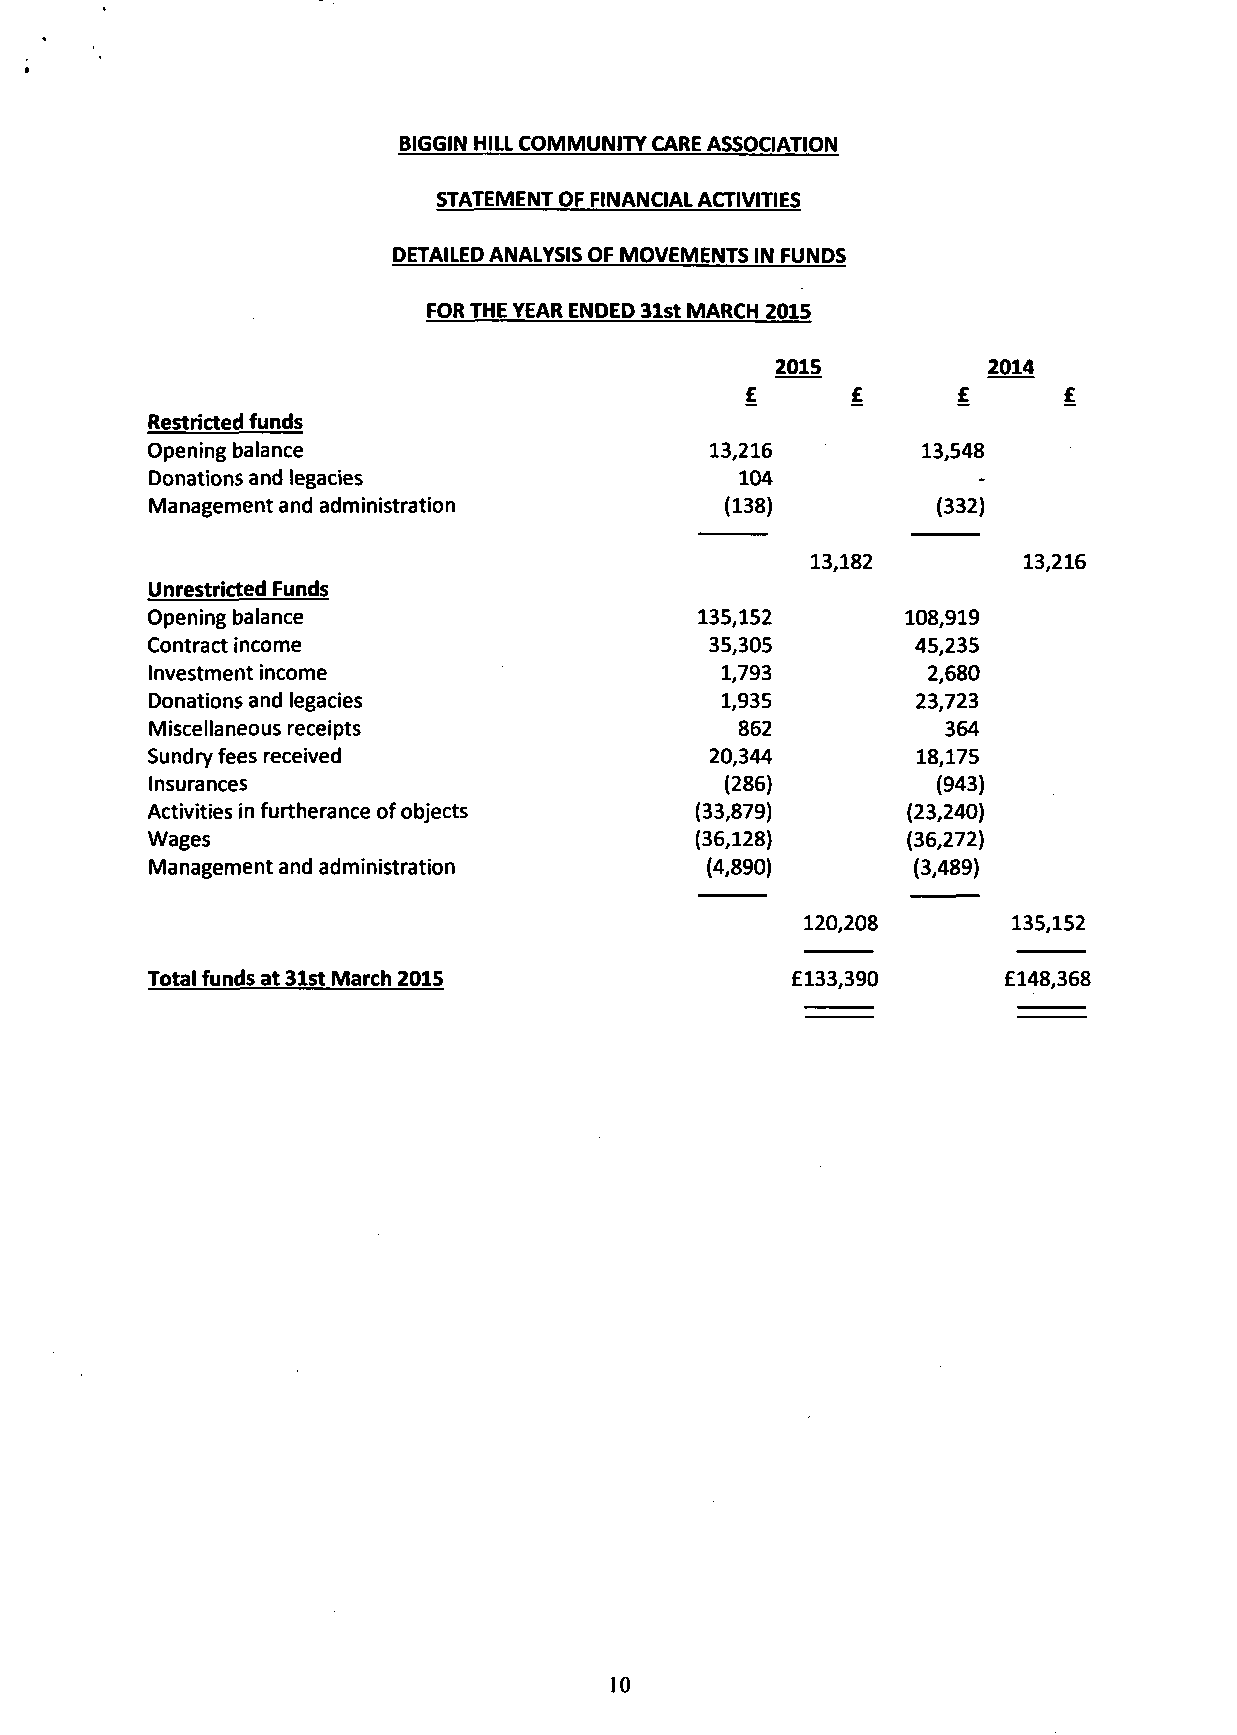
BIGGIN HILL COMMUNITY CARE ASSOCIATION
 STATEMENT OF FINANCIAL ACTIVITIES
 DETAILED ANALYSIS OF MOVEMENTS IN FUNDS
 FOR THE YEAR ENDED 31st MARCH 2015
 2015          2014
 Restricted funds
 Opening balance                      13,216        13,548
 Donations and legacies                 104
 Management and administration         (138)         (332)
 13,182        13,216
 Unrestricted Funds
 Opening balance                     135,152       108,919
 Contract income                      35,305        45,235
 Investment income                     1,793        2,680
 Donations and legacies                1,935        23,723
 Miscellaneous receipts                 862           364
 Sundry fees received                 20,344        18,175
 Insurances                            (286)         (943)
 Activities in furtherance of objects (33,879)     (23,240)
 Wages                               (36,128)      (36,272)
 Management and administration        (4,890)      (3,489)
 120,208       135,152
 Total funds at 31st March 2015            £133,390      £148,368
 10